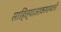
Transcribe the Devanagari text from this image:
साहित्याआकाशमलो